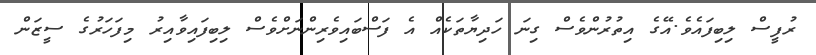
ރުފީސް ލިބިފައެވެ.އޭގެ އިތުރުންވެސް ގިނަ ހަދިޔާތަކެއް އެ ފަސްބައިވެރިންނަށްވެސް ލިބިފައިވާއިރު މިފަހަރުގެ ސީޒަން